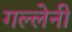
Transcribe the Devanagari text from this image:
गल्लेनी